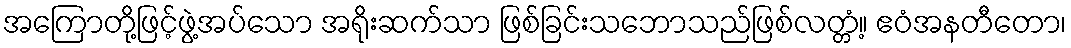
အကြောတို့ဖြင့်ဖွဲ့အပ်သော အရိုးဆက်သာ ဖြစ်ခြင်းသဘောသည်ဖြစ်လတ္တံ့။ ဧဝံအနတီတော၊